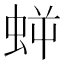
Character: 𧊜